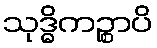
သုဒ္ဓိကဉ္စာပိ